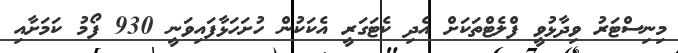
މިނިސްޓަރު ވިދާޅުވީ ފްލެޓްތަކަށް އެދި ކެޓަގަރީ އެކަކުން ހުށަހަޅާފައިވަނީ 930 ފޯމު ކަމަށާއި